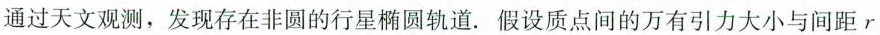
通过天文观测，发现存在非圆的行星椭圆轨道。假设质点间的万有引力大小与间距r